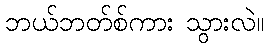
ဘယ်ဘတ်စ်ကား သွားလဲ။